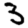
Digit: 3